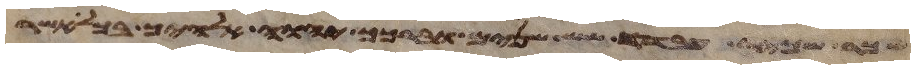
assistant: שכר שכיר עבדך שש שנים וברכך יהוה אלהיך בכל אשר